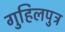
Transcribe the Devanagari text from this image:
गुहिलपुत्र